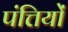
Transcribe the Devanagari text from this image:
पंत्तियों